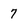
Character: 7